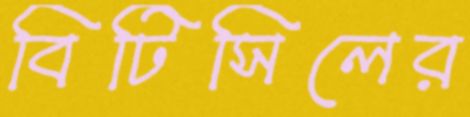
বিটিসিলের